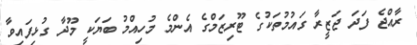
ރާއްޖެ ފަދަ ޖަޒީރާ ގައުމުތަކުގެ ޓޫރިޒަމްގެ އެންމެ މުހިއްމު ބަޔަކީ މޫދާ ގުޅިފައިވާ